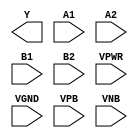
module sky130_fd_sc_hd__a22oi (
    Y   ,
    A1  ,
    A2  ,
    B1  ,
    B2  ,
    VPWR,
    VGND,
    VPB ,
    VNB
);

    output Y   ;
    input  A1  ;
    input  A2  ;
    input  B1  ;
    input  B2  ;
    input  VPWR;
    input  VGND;
    input  VPB ;
    input  VNB ;
endmodule